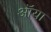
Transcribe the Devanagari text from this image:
ऑया